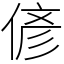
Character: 偐